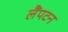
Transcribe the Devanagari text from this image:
लैंपटन